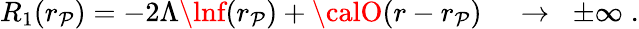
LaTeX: R_{1}(r_{\mathcal{P}})=-2\Lambda\lnf(r_{\mathcal{P}})+{\calO}(r-r_{\mathcal{P}})\; \; \; \; \to\; \; \pm\infty\; .